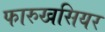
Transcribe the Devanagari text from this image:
फारुखसियर